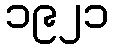
၁၉၂၁